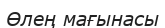
Өлең мағынасы